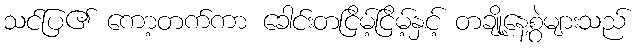
သင်ပြ၏ ကော့တက်ကာ ခေါင်းတငြိမ့်ငြိမ့်နှင့် တချို့နေ့စွဲများသည်